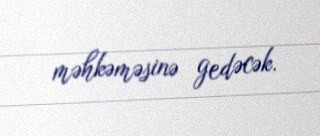
məhkəməsinə gedəcək.